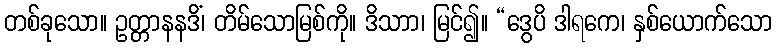
တစ်ခုသော။ ဥတ္တာနနဒိံ၊ တိမ်သောမြစ်ကို။ ဒိသာာ၊ မြင်၍။ “ဒွေပိ ဒါရကေ၊ နှစ်ယောက်သော